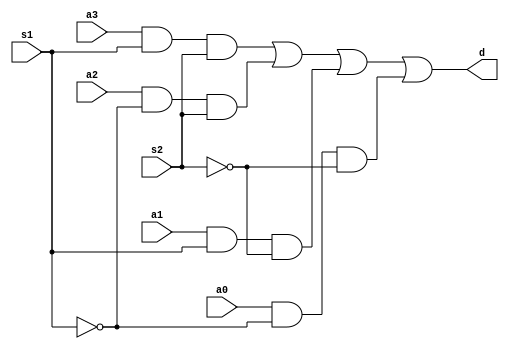
/* Alaa Mahmoud Ebrahim		20190105
   Rana Ihab Ahmed			20190207
   Omar Khaled Alhaj		20190351
   Group:CS-S2
*/

module mux4(output d, input s1, input s2, input a3, input a2, input a1, input a0);
	wire [3:0] temp;
	and(temp[3], a3, s1, s2);
	and(temp[2], a2, ~s1, s2);
	and(temp[1], a1, s1, ~s2);
	and(temp[0], a0, ~s1, ~s2);
	or(d, temp[3], temp[2], temp[1], temp[0]);
endmodule

module mux2(output d, input s1, input a1, input a0);
	wire [1:0] temp;
	and(temp[0], a0, ~s1); //s1 = 0 ->output
	and(temp[1], a1, s1);	//s1 = 1 -> output
	or(d, temp[1], temp[0]);
endmodule


module half_adder(sum, carry, a, b);
   input a, b;
   output sum, carry;
   xor(sum, a, b);
   and(carry, a, b);
endmodule

module full_adder(sum, carry, x, y, z);
   input x, y, z;
   output sum, carry;
   wire s1, c1, c2;
   half_adder h1(s1, c1, x, y);
   half_adder h2(sum, c2, s1, z);
   or(carry, c1, c2);
endmodule

module arithmeticCircuit(output[4:0]D, input[3:0]A, input[3:0]B, input s1, input s2);
   wire cin;
   wire [3:0] carry;
   wire [3:0] out;
   xor(cin,s1,s2);
   
   //Adding two 4-bit numbers.	//s1=0 , s0=0, cin = 0
   mux4 m1(out[0], s1, s2, 1'b1, 1'b0, ~B[0], B[0]);
   full_adder f1(D[0], carry[0], cin, A[0], out[0]);
   /*initial
   begin
      $monitor("d[0]=%b, carry[0]=%b, cin=%b, out[0]=%b, A[0]=%b", D[0], carry[0], cin, out[0], A[0]);
   end */
   
   //Subtracting two 4-bit numbers.
   mux4 m2(out[1] , s1, s2, 1'b1, 1'b0, ~B[1], B[1]);
   full_adder f2(D[1], carry[1], carry[0], A[1], out[1]);
   
   //Adding 1 to a 4-bit number.
   mux4 m3(out[2], s1, s2, 1'b1, 1'b0, ~B[2], B[2]);
   full_adder f3(D[2], carry[2], carry[1], A[2], out[2]);
   
   //Subtracting 1 from a 4-bit number.
   mux4 m4(out[3], s1, s2, 1'b1, 1'b0, ~B[3], B[3]);
   full_adder f4(D[3] ,carry[3], carry[2], A[3], out[3]);
   
   buf(D[4], carry[3]);
endmodule   

module logicCircuit(input s1, input s2, input [3:0]a, input [3:0]b, output [4:0]outArray);
	//s2 s1
	//00 = XOR, 10 = OR, 01 = XOR, 11 = AND
	wire[3:0] TEMP;
	wire[3:0] AND;
	wire[3:0] OR;
	wire[3:0] XOR;
	//
	and(AND[0], a[0], b[0]);
	and(AND[1], a[1], b[1]);
	and(AND[2], a[2], b[2]);
	and(AND[3], a[3], b[3]);
	//
	or(OR[0], a[0], b[0]);
	or(OR[1], a[1], b[1]);
	or(OR[2], a[2], b[2]);
	or(OR[3], a[3], b[3]);
	//
	xor(XOR[0], a[0], b[0]);
	xor(XOR[1], a[1], b[1]);
	xor(XOR[2], a[2], b[2]);
	xor(XOR[3], a[3], b[3]);
	//
	mux2 m0(TEMP[0], s1, AND[0], OR[0]);
	mux2 m1(TEMP[1], s1, AND[1], OR[1]);
	mux2 m2(TEMP[2], s1, AND[2], OR[2]);
	mux2 m3(TEMP[3], s1, AND[3], OR[3]);
	//
	mux2 m4(outArray[0], s2, TEMP[0], XOR[0]);
	mux2 m5(outArray[1], s2, TEMP[1], XOR[1]);
	mux2 m6(outArray[2], s2, TEMP[2], XOR[2]);
	mux2 m7(outArray[3], s2, TEMP[3], XOR[3]);
	//
	buf(outArray[4], 0);
endmodule

module rightShift(output [4:0]o, input [3:0]a);
	buf(o[3], a[3]);
	buf(o[2], a[3]);
	buf(o[1], a[2]);
	buf(o[0], a[1]);
	buf(o[4], a[3]);
endmodule

module ALU(output [4:0]o, input [3:0]a, input [3:0]b, input s4, input s3, input s2, input s1);
	wire [4:0] ar;
	arithmeticCircuit arc(ar, a, b, s1, s2);
	wire [4:0]l;
	logicCircuit Logic(s1, s2, a, b, l);
	wire [4:0]shift;
	rightShift r(shift, a);
	wire [4:0]temp;
	
	mux2 m0(temp[0], s3, l[0], ar[0]);		//s4  s3
	mux2 m1(o[0], s4, shift[0], temp[0]);	//0	   0	arithmetic
											//0	   1	logic
	mux2 m2(temp[1], s3, l[1], ar[1]);		//1	   x	shift
	mux2 m3(o[1], s4, shift[1], temp[1]);
	
	mux2 m4(temp[2], s3, l[2], ar[2]);
	mux2 m5(o[2], s4, shift[2], temp[2]);
	
	mux2 m6(temp[3], s3, l[3], ar[3]);
	mux2 m7(o[3], s4, shift[3], temp[3]);
	
	mux2 m8(temp[4], s3, l[4], ar[4]);
	mux2 m9(o[4], s4, shift[4], temp[4]);
	
endmodule
	

module main();
   wire [3:0] A = 4'b0110;
   wire s1 = 0;
   wire s2 = 0;
   wire s3 = 0;
   wire s4 = 1;
   wire [4:0]d;
   wire [3:0]b = 4'b0111;

   ALU a(d, A, b, s4, s3, s2, s1);
   initial
   begin
      $monitor("d[4]=%b, d[3]=%b, d[2]=%b, d[1]=%b, d[0]=%b", d[4], d[3], d[2], d[1], d[0]);
   end
endmodule